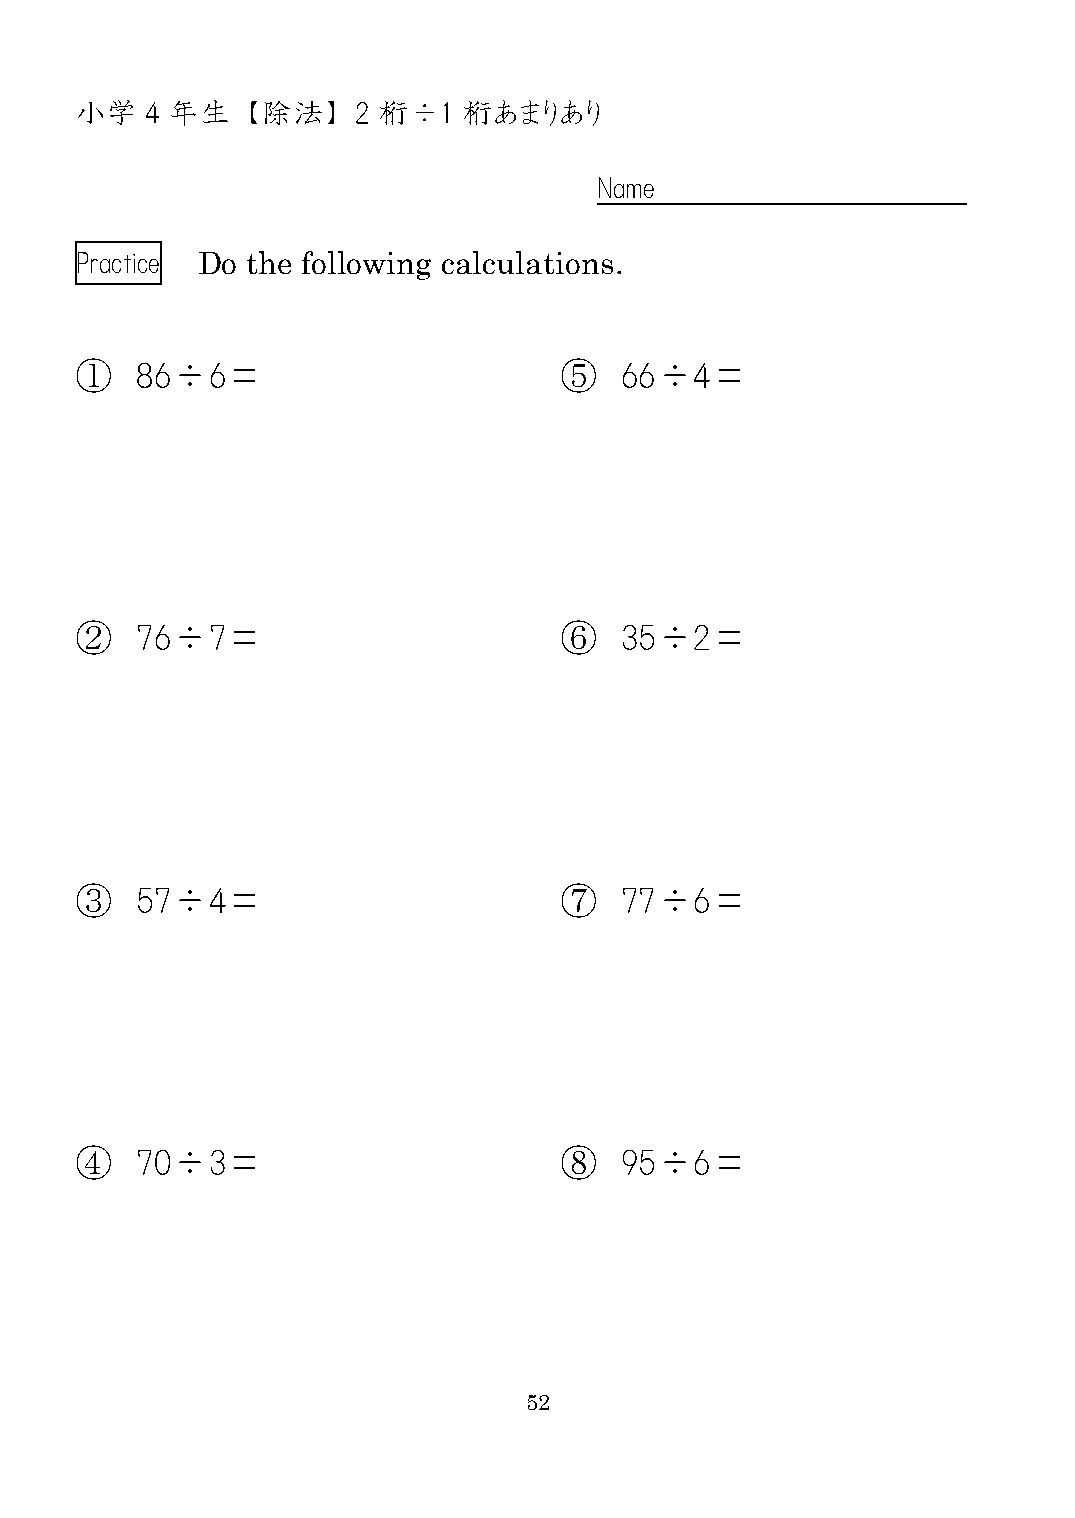
小学   4 年生  【除法】    2 桁÷1  桁あまりあり
 Name
 Practice Do the following calculations.
 ①   86÷6＝                       ⑤   66÷4＝
 ②   76÷7＝                       ⑥   35÷2＝
 ③   57÷4＝                       ⑦   77÷6＝
 ④   70÷3＝                       ⑧   95÷6＝
 52